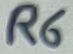
Text: R6